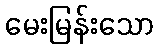
မေးမြန်းသော